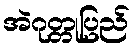
အဲဂုတ္တုပြည်